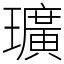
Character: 㼅